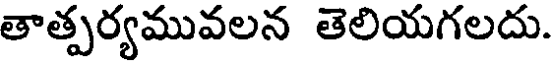
తాత్పర్యమువలన తెలియగలదు.